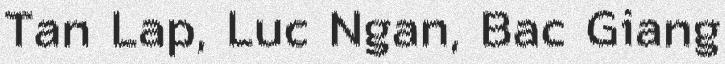
Tan Lap, Luc Ngan, Bac Giang